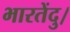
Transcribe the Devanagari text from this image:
भारतेंदु।